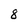
Character: 8